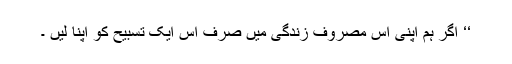
‘‘ اگر ہم اپنی اس مصروف زندگی میں صرف اس ایک تسبیح کو اپنا لیں ۔